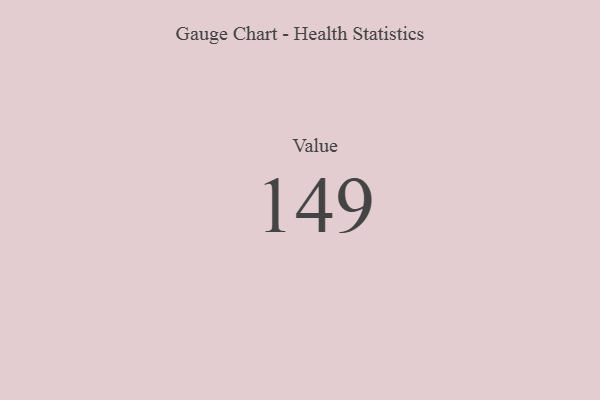
{"axis": {"x": "Metric", "y": "Value"}, "legend": [""], "data": [{"x": "Value", "y": 149, "type": ""}]}